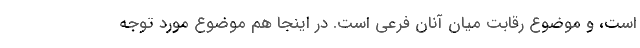
است، و موضوع رقابت میان آنان فرعی است. در اینجا هم موضوع مورد توجه